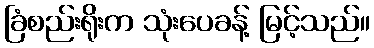
ခြံစည်းရိုးက သုံးပေခန့် မြင့်သည်။